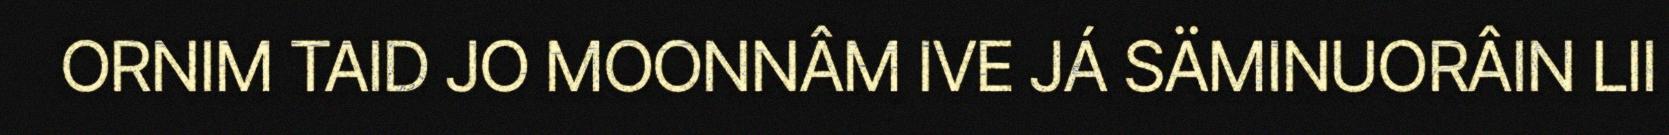
ORNIM TAID JO MOONNÂM IVE JÁ SÄMINUORÂIN LII